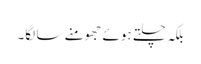
بلکہ چلتے ہوئے جھومنے سا لگا۔